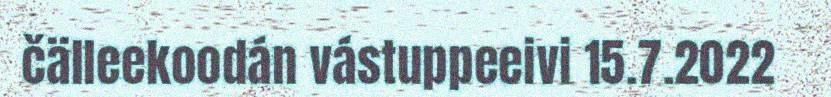
čälleekoodán vástuppeeivi 15.7.2022